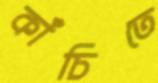
কাঁচিতে